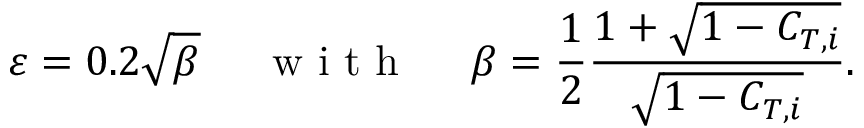
\varepsilon = 0 . 2 \sqrt { \beta } \mathrm { ~ \quad ~ w ~ i ~ t ~ h ~ \quad ~ } \beta = \frac { 1 } { 2 } \frac { 1 + \sqrt { 1 - C _ { T , i } } } { \sqrt { 1 - C _ { T , i } } } .